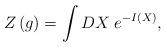
LaTeX: \begin{align*}Z\left( g\right) =\int DX\;e^{-I(X)}, \end{align*}